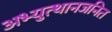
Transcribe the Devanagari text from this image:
अभ्युत्थानजनित